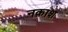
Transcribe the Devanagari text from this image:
नक़ाश